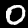
Label: 0